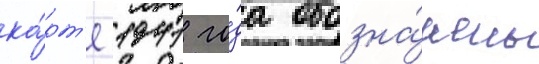
ка́рт'е 1941 го́да обозна́чены